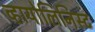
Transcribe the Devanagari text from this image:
व्हायोलिनिस्ट